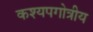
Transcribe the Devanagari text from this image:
कश्यपगोत्रीय